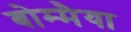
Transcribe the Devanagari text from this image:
बोम्मैया